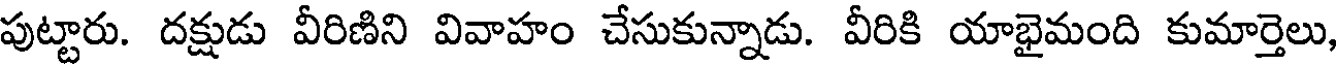
పుట్టారు. దక్షుడు వీరిణిని వివాహం చేసుకున్నాడు. వీరికి యాభైమంది కుమార్తెలు,